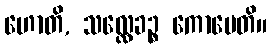
ဟောတိ, သလ္လေခဉ္စ ကောပေတိ။